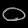
Digit: ၀